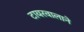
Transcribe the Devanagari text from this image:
टायरवालाने